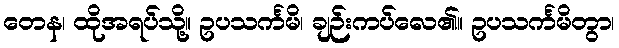
တေန၊ ထိုအရပ်သို့။ ဥပသင်္ကမိ၊ ချဉ်းကပ်လေ၏။ ဥပသင်္ကမိတွာ၊